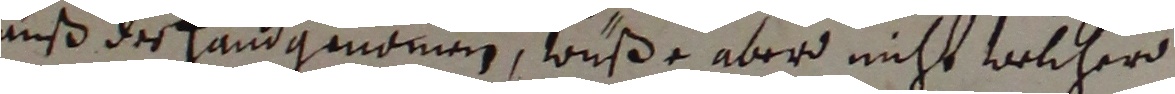
auß der handgenomen, wuße aberd nicht welcher